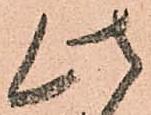
此